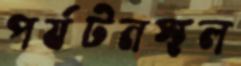
পর্যটনস্থল